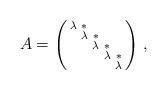
LaTeX: \begin{align*}A = \left(\begin{smallmatrix} \lambda & * &&&\\ & \lambda & * && \\ &&\lambda&*&\\ &&&\lambda&* \\ &&&&\lambda \end{smallmatrix}\right)\, ,\end{align*}